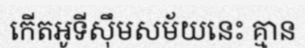
កើតអូទីស៊ឹមសម័យនេះ គ្មាន